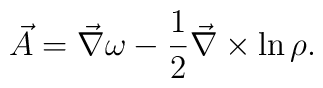
\vec{A} =  \vec{\nabla} \omega - {1 \over 2}  \vec{\nabla} \times \ln \rho .